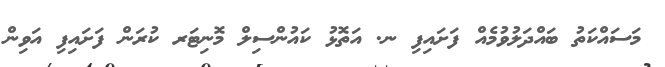
މަސައްކަތު ބައްދަލުވުމެއް ފަށައިފި ނ. އަތޮޅު ކައުންސިލް މޮނިޓަރ ކުރަން ފަށައިފި އަވިން